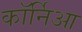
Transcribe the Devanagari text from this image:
कॉर्निआ